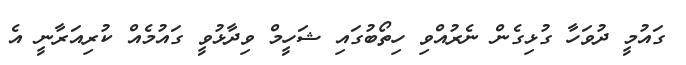
ގައުމީ ދުވަހާ ގުޅިގެން ނެރުއްވި ހިތޯބުގައި ޝަހީމް ވިދާޅުވީ ގައުމެއް ކުރިއަރާނީ އެ